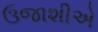
ઉજાશીએ